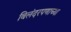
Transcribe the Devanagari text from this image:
बिलंदरपणाच्या